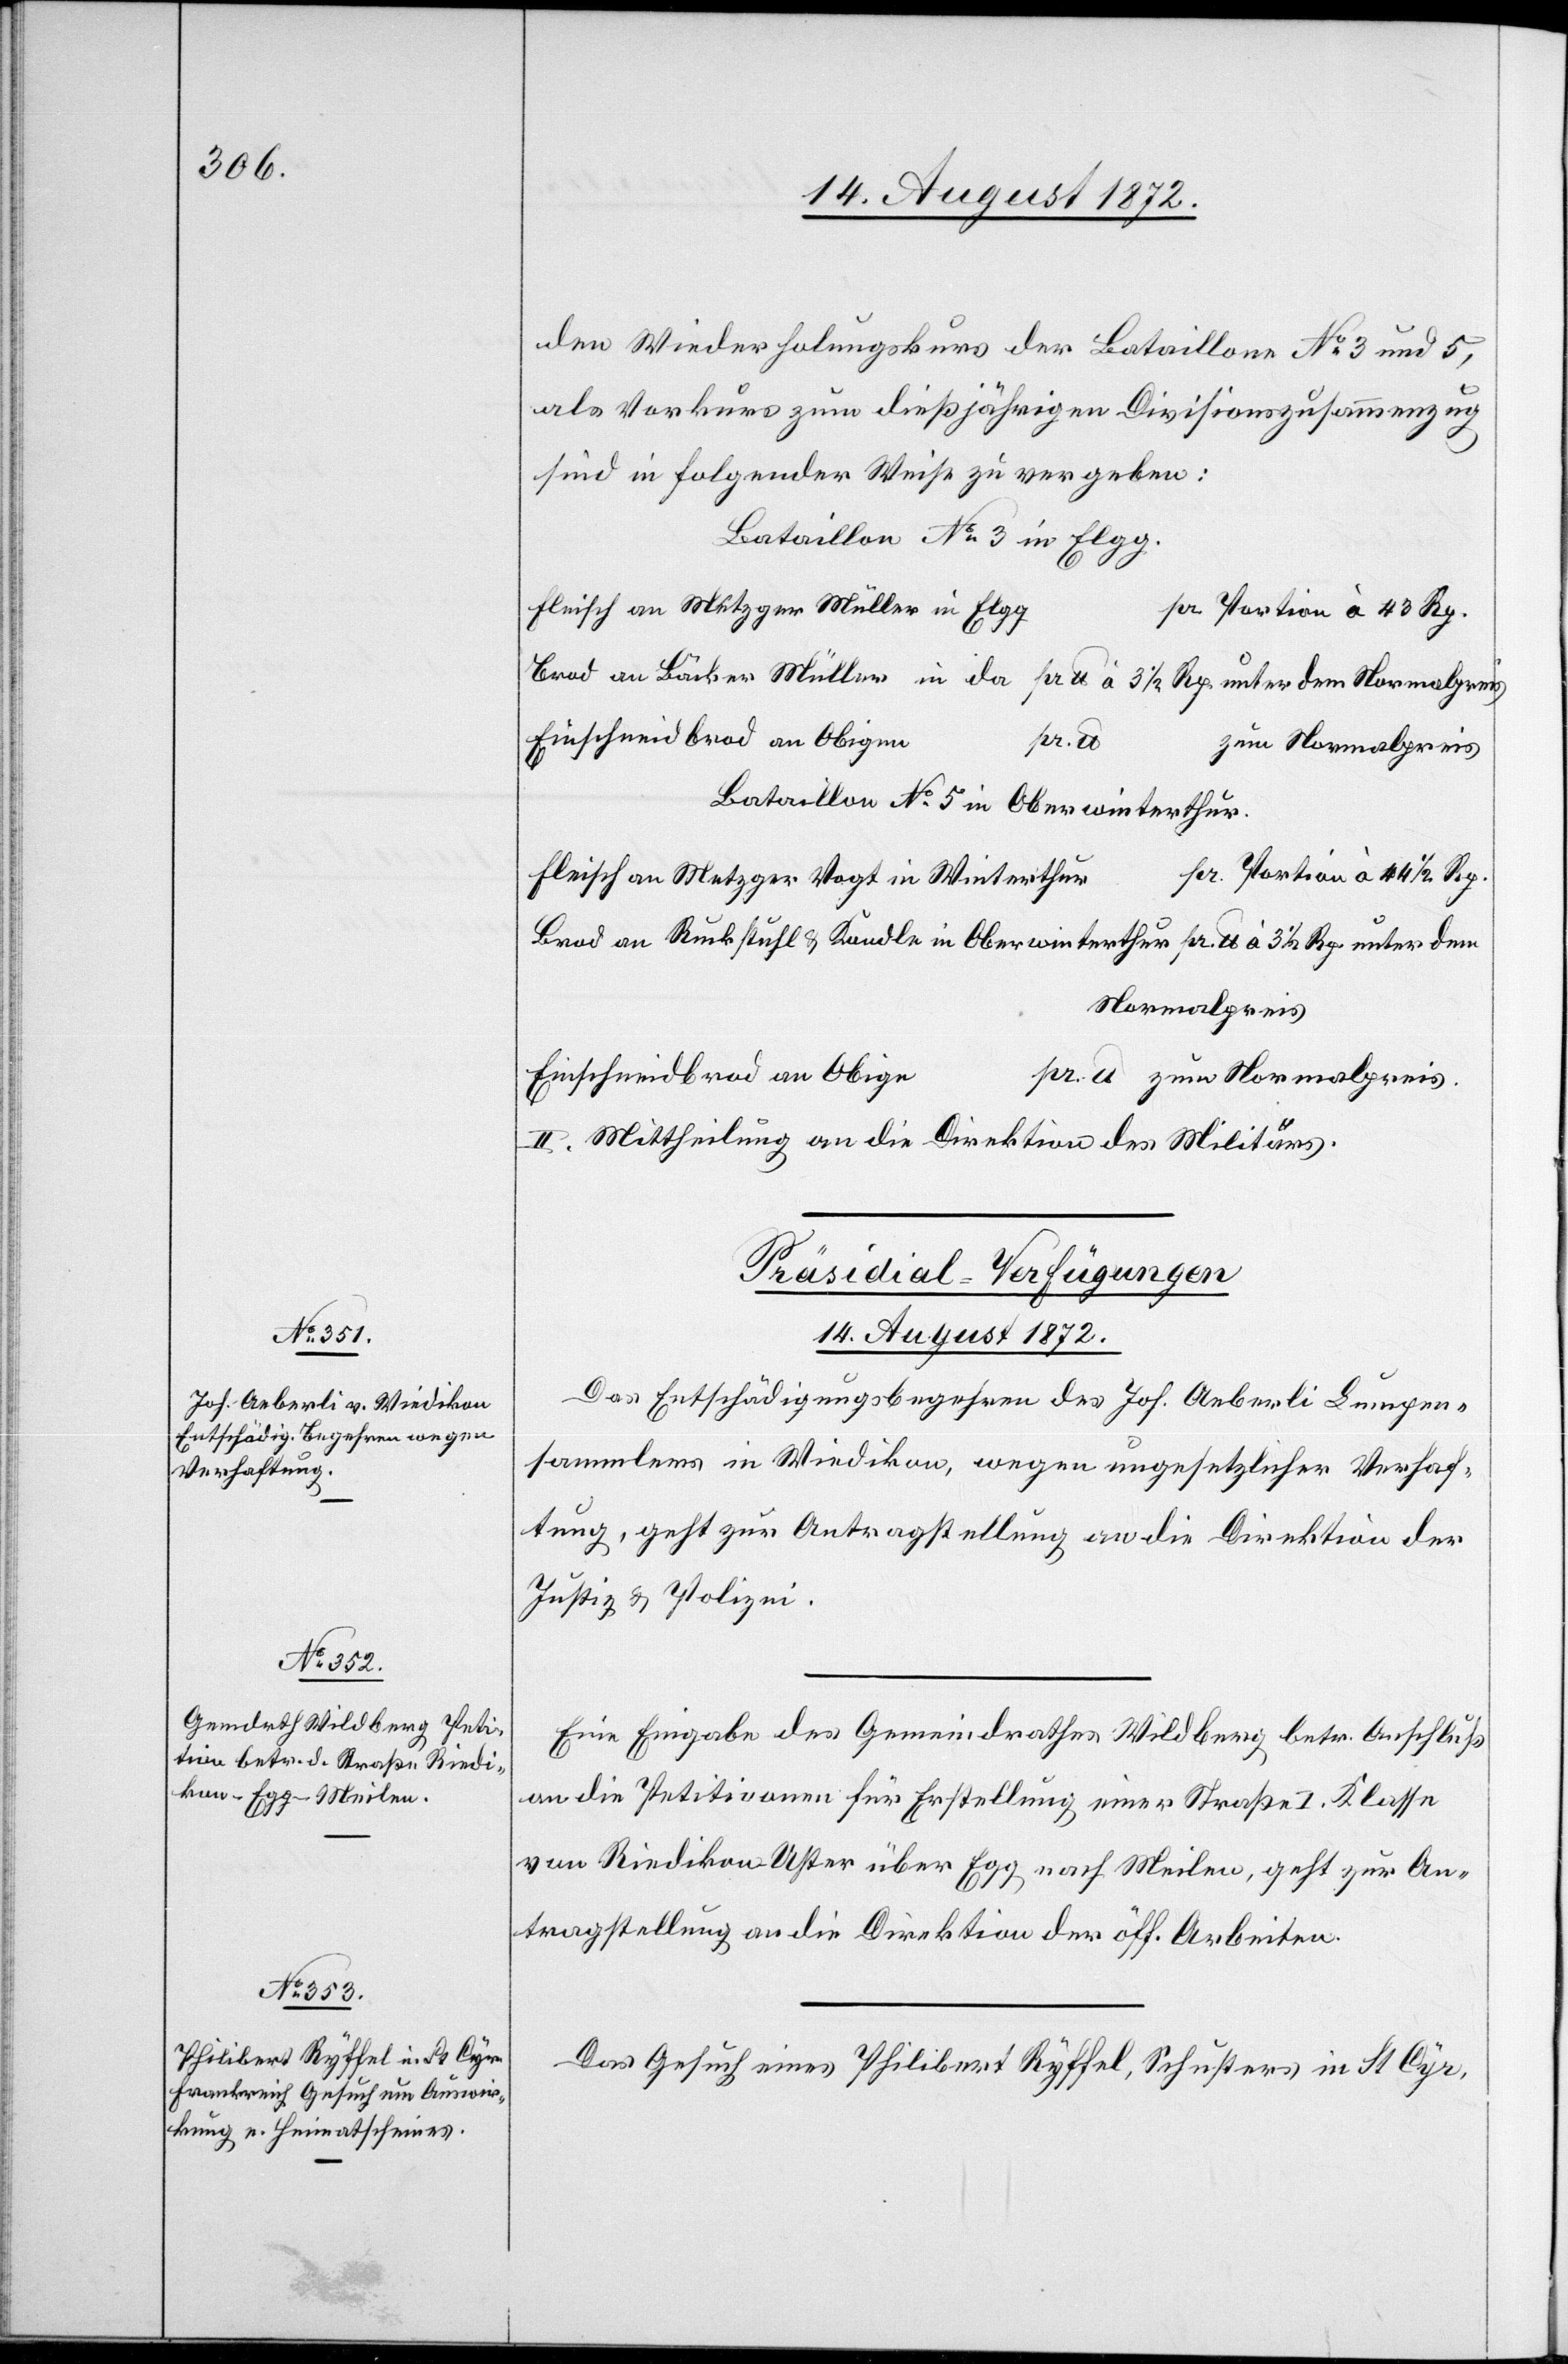
14. August 1872.]
den Wiederholungskurs der Bataillone No 3 und 5,
als Vorkurs zum dießjährigen Divisionszusammenzug
sind in folgender Weise zu vergeben:
Bataillon No 3 in Elgg.
Fleisch an Metzger Müller in Elg¬
g	pr. Portion à 43 Rp.
Brod an Bäcker Müller				in da pr lb à 3 1/3 Rp. unter dem Normalpreis
e				pr.
zum Normalpreis.
Bataillon No 5 in Oberwinterthur.
r	pr. Portion à 44 1/2 Rp.
Fleisch an Metzger Vogt in Winterthu¬
Brod an Ruckstuhl u. [?Kondle] in Oberwinterthur pr. lb à 3 1/2 Rp. unter dem
Normalpreis
Einschneidbrod an Obig¬
II. Mittheilung an die Direktion des Militärs.
[Präsidial-Verfügungen
Das Entschädigungsbegehren des Joh. Aeberli Lumpen¬
sammlers in Wiedikon, wegen ungesetzlicher Verhaf¬
tung, geht zur Antragstellung an die Direktion der
Justiz u. Polizei.
Eine Eingabe des Gemeindrathes Wildberg betr. Anschluß
an die Petitionen für Erstellung einer Straße I. Klasse
von Riedikon Uster über Egg nach Meilen, geht zur An¬
tragstellung an die Direktion der öff. Arbeiten.
Das Gesuch eines Philibert Ryffel, Schusters in St. Cyr,